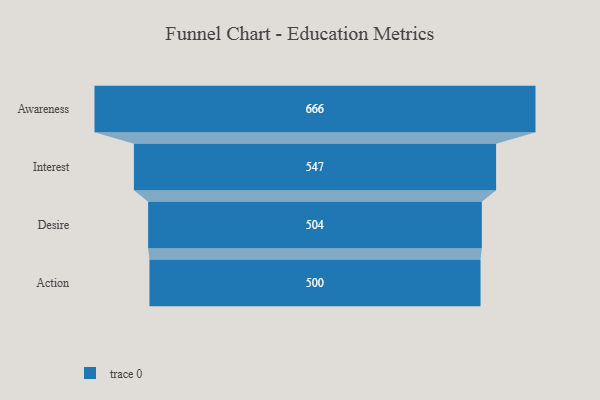
{"axis": {"x": "Stage", "y": "Value"}, "legend": [""], "data": [{"x": "Awareness", "y": 666.0, "type": ""}, {"x": "Interest", "y": 547.0, "type": ""}, {"x": "Desire", "y": 504.0, "type": ""}, {"x": "Action", "y": 500, "type": ""}]}